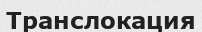
Транслокация